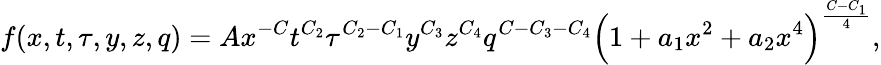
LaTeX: f(x,t,\tau,y,z,q)=Ax^{-C}t^{C_{2}}\tau^{C_{2}-C_{1}}y^{C_{3}}z^{C_{4}}q^{C-C_{3}-C_{4}}\Bigl(1+a_{1}x^{2}+a_{2}x^{4}\Bigr)^{{\frac{C-C_{1}}{4}}},